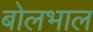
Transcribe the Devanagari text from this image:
बोलभाल